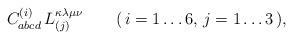
LaTeX: \begin{align*} C^{(i)}_{abcd} \, L_{(j)}^{\kappa\lambda\mu\nu} \qquad (\, i=1 \ldots 6, \, j=1 \ldots 3 \,),\end{align*}